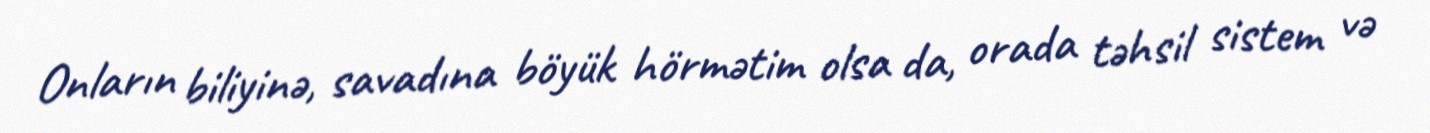
Onların biliyinə, savadına böyük hörmətim olsa da, orada təhsil sistem və